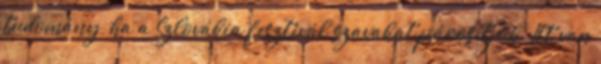
tudomány, ha a Szlovákia fesztivál szavakat párosítjuk. Itt van